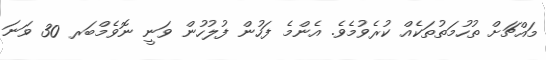
މައްޗަށް ތުހުމަތުތަކެއް ކުރެވުމެވެ. އެންމެ ފަހުން ފުލުހުން ވަނީ ނޮވެމްބަރ 30 ވަނަ